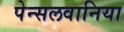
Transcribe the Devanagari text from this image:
पेन्सलवानिया